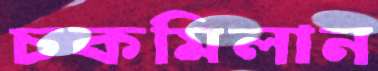
চকমিলান